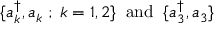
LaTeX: \{ a _ { k } ^ { \dagger } , a _ { k } \; ; \; k = 1 , 2 \} \; \; \mathrm { a n d } \; \; \{ a _ { 3 } ^ { \dagger } , a _ { 3 } \}